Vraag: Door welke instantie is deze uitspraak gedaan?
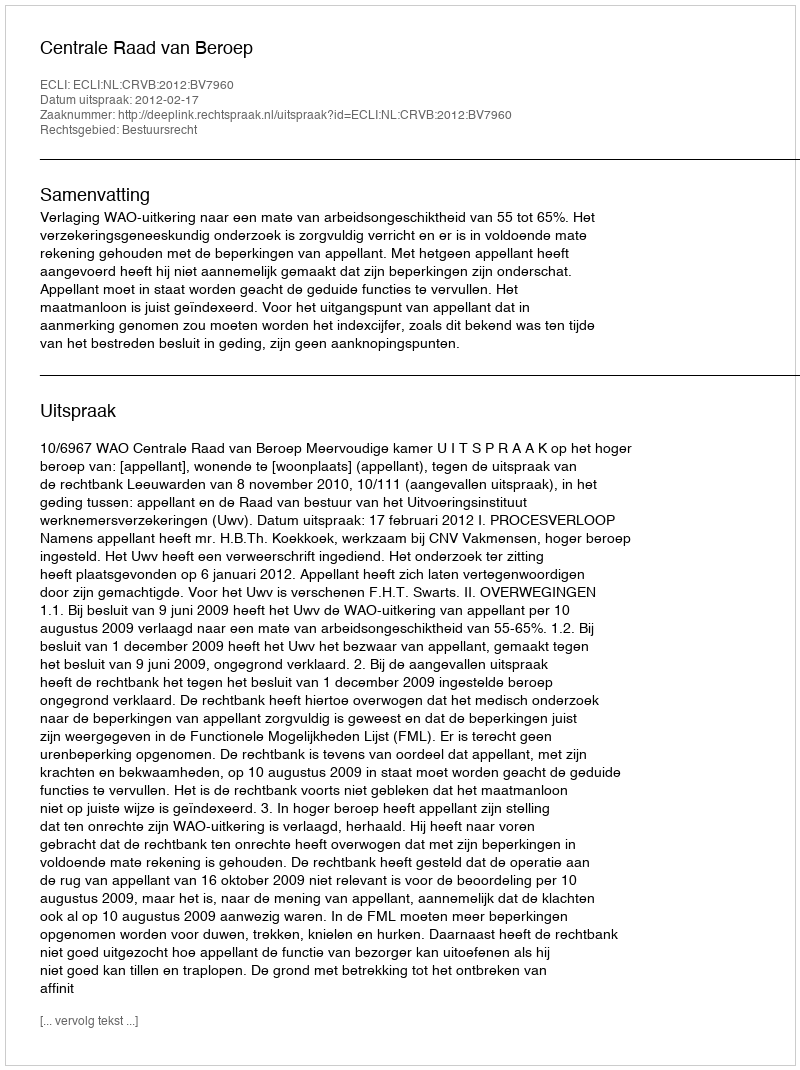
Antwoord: Centrale Raad van Beroep